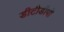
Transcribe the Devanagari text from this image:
डीटीडीपी